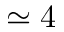
\simeq 4